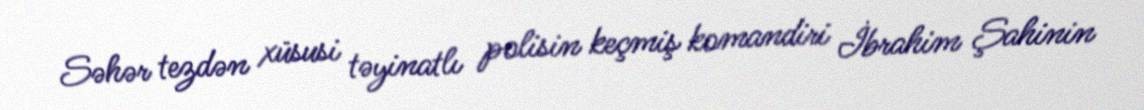
Səhər tezdən xüsusi təyinatlı polisin keçmiş komandiri İbrahim Şahinin